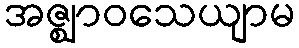
အဇ္ဈာဝသေယျာမ